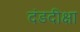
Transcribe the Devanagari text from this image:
दंडदीक्षा